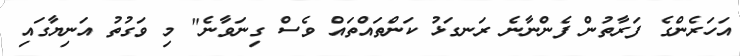
އަހަރެންގެ ފަރާތުން ފެންނާނެ ރަނގަޅު ކަންތައްތައް ވެސް ގިނަވާނެ" މި ވަގުތު އަނިޔާގައި